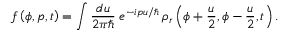
f \left( \phi , p , t \right) = \int \frac { d u } { 2 \pi \hbar } \; e ^ { - i p u / \hbar } \, \rho _ { r } \left( \phi + \frac { u } { 2 } , \phi - \frac { u } { 2 } , t \right) \mathrm { . }